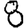
Digit: 8